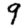
Digit: 9